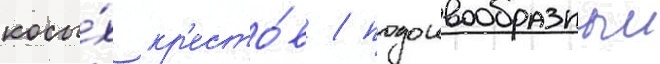
косы́х кр'есто́в / подошвообразныи